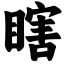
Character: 瞎